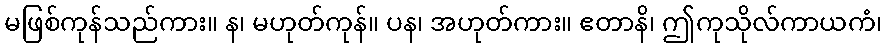
မဖြစ်ကုန်သည်ကား။ န၊ မဟုတ်ကုန်။ ပန၊ အဟုတ်ကား။ ဧတာနိ၊ ဤကုသိုလ်ကာယကံ၊